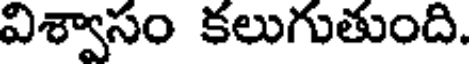
విశ్వాసం కలుగుతుంది.